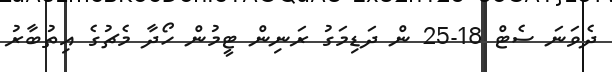
ދެވަނަ ސެޓް 18-25 ން ދަޑިމަގު ރަނިން ޓީމުން ހޯދާ މެޗުގެ އިތުބާރު